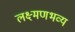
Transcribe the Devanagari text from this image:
लक्ष्मणभव्य